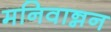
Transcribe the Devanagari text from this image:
मनिवान्नन